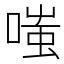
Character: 嗤